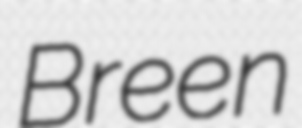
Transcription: Breen